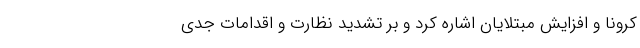
کرونا و افزایش مبتلایان اشاره کرد و بر تشدید نظارت و اقدامات جدی